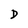
Character: D